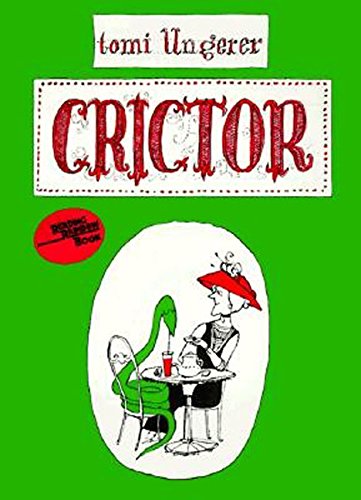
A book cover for Crictor (Reading Rainbow Books); Tomi Ungerer; Children's Books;